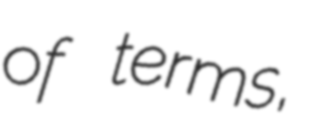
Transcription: of terms,